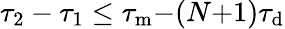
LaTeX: \tau_{2}-\tau_{1}\leq\tau_{\mathrm{m}}{-}(N{+}1)\tau_{\mathrm{d}}